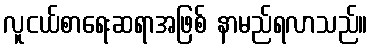
လူငယ်စာရေးဆရာအဖြစ် နာမည်ရလာသည်။